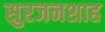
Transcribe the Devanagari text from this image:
सुरजनशाह